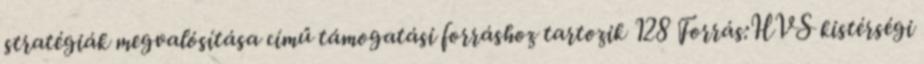
stratégiák megvalósítása című támogatási forráshoz tartozik 128 Forrás:HVS kistérségi